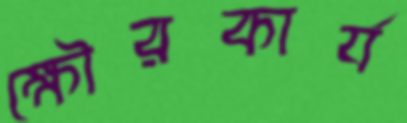
ক্ষৌরকার্য